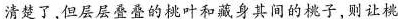
清楚了，但层层叠叠的桃叶和身其间的桃子，则让挑